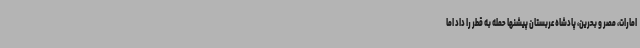
امارات، مصر و بحرین، پادشاه عربستان پیشنها حمله به قطر را داد اما